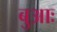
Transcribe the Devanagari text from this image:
बुआः